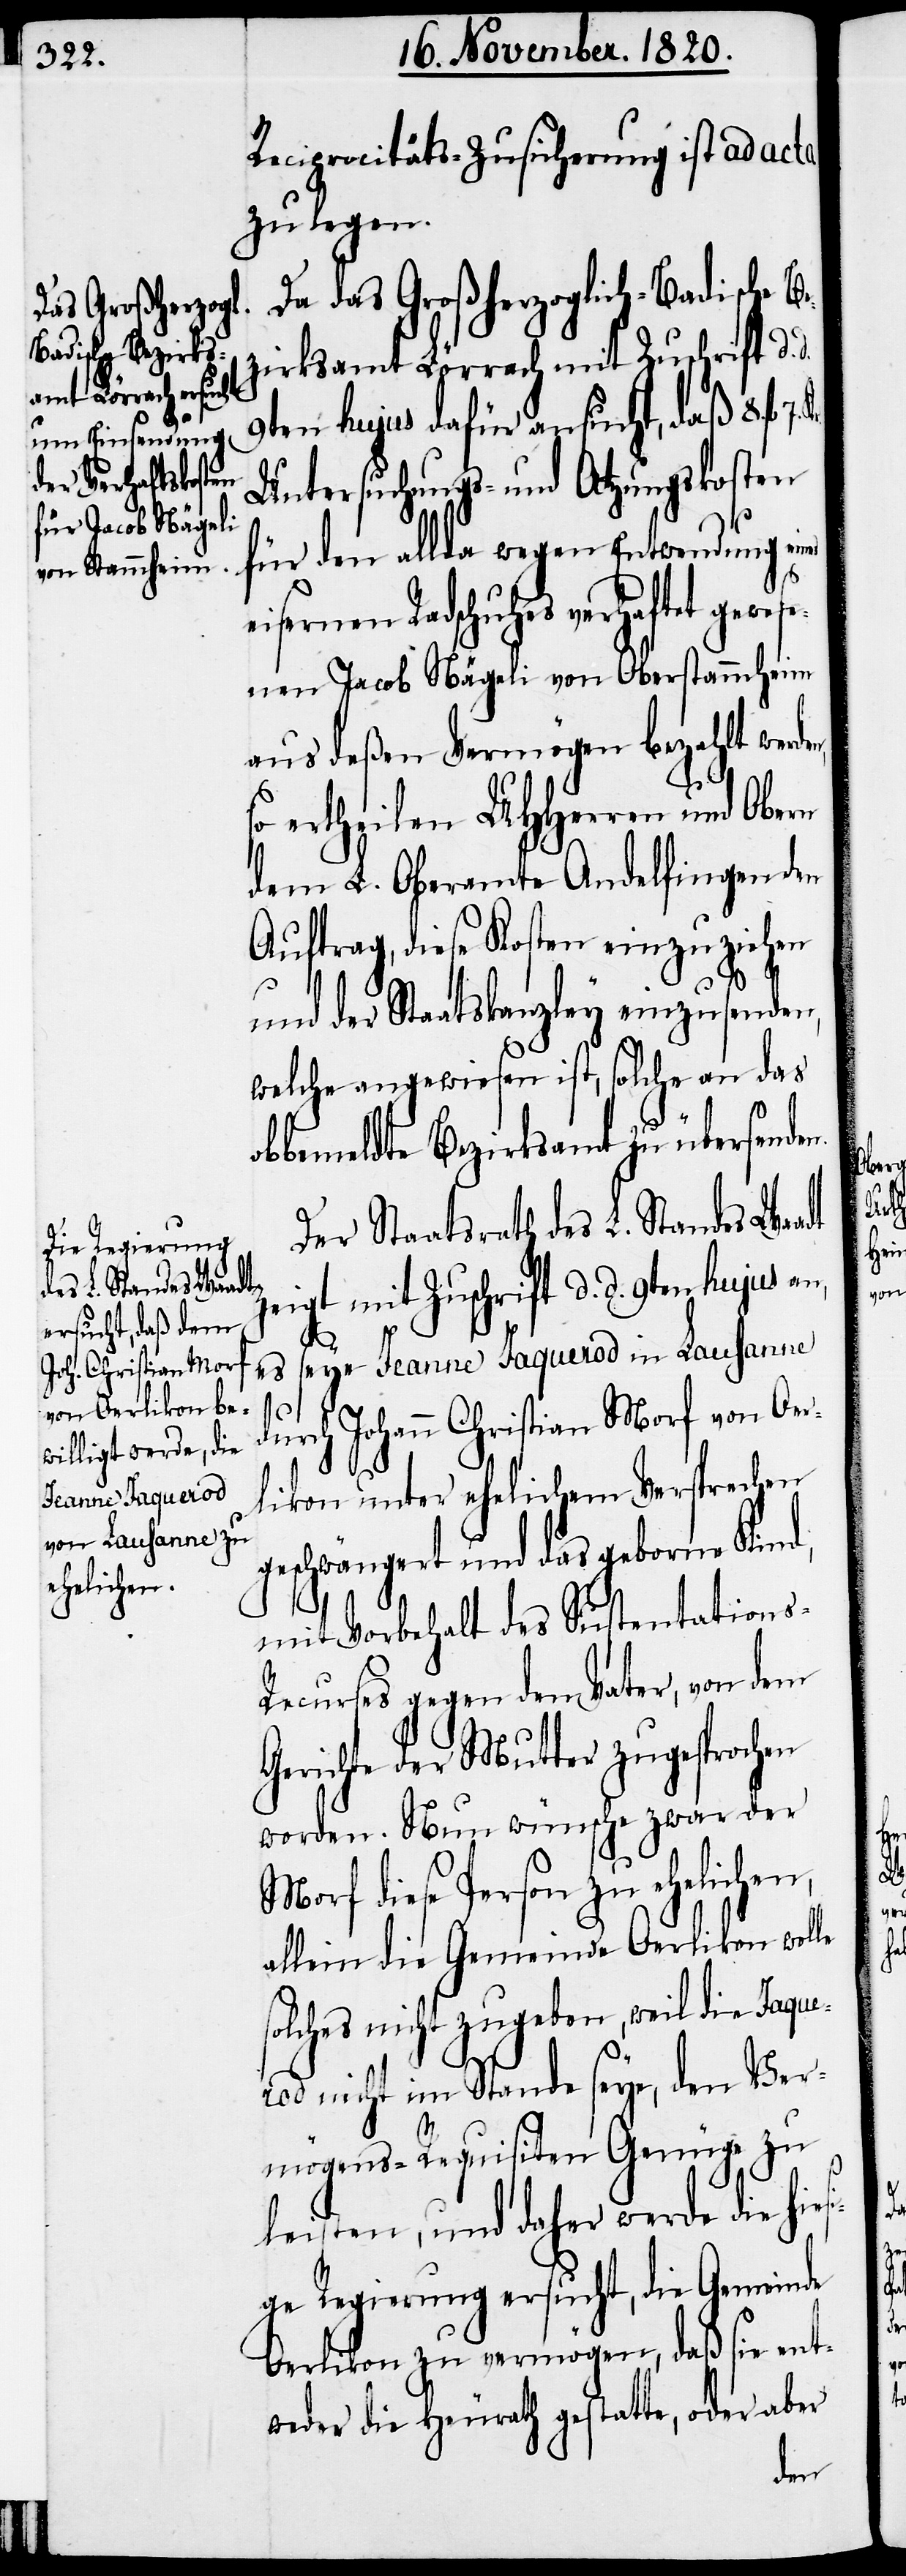
Reciprocitäts-Zusicherung ist ad acta
zu legen.
Da das Großherzoglich-Badische Be¬
zirksamt Lörrach mit Zuschrift d.
9ten hujus dafür ansucht, daß 8. fl.
Untersuchungs- und Atzungskosten
für den allda wegen Entwendung eines
sernen Radschuhes verhaftet gew¬
esenen Jacob Nägeli von Oberstammheim
aus deßen Vermögen bezahlt wer¬
so ertheilen UHHerren und Obern
dem L. Oberamte Andelfingen den
Auftrag, diese Kosten einzuziehen
dt
und der Staatskanzley einzusenden,
welche angewiesen ist, solche an das
obbemeldte Bezirksamt zu übersende¬
Der Staatsrath des L. Standes Waa¬
zeigt mit Zuschrift d. d. 9ten hujus an,
es seye Jeanne Jaquerod in Lausanne
durch Johann Christian Morf von Oer¬
likon unter ehelichem Versprechen
geschwängert und das geborne Kind,
mit Vorbehalt des Sustentations-R¬
ecurses gegen den Vater, von dem
Gerichte der Mutter zugesprochen
worden. Nun wünsche zwar der
Morf diese Person zu ehelichen,
allein die Gemeinde Oerlikon wolle
solches nicht zugeben, weil die Jaque¬
rod nicht im Stande seye, den Ver¬
mögens-Requisiten Genüge zu
leisten, und daher werde die hi¬
ge Regierung ersucht, die Gemeinde
Oerlikon zu vermögen, daß sie ent¬
weder die Heurath gestatte, oder aber
den,

esi¬